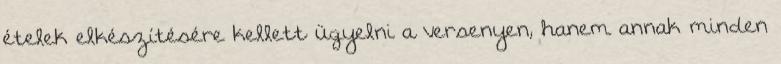
ételek elkészítésére kellett ügyelni a versenyen, hanem annak minden